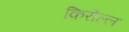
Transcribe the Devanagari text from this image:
किरील्ल